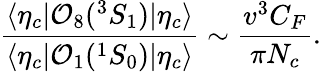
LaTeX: {\frac{\langle\eta_{c}|{\cal O}_{8}({}^{3}S_{1})|\eta_{c}\rangle}{\langle\eta_{c}|{\cal O}_{1}({}^{1}S_{0})|\eta_{c}\rangle}}\sim{\frac{v^{3}C_{F}}{\pi N_{c}}}.